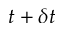
t + \delta t